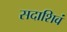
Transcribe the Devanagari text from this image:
सदाशिवं